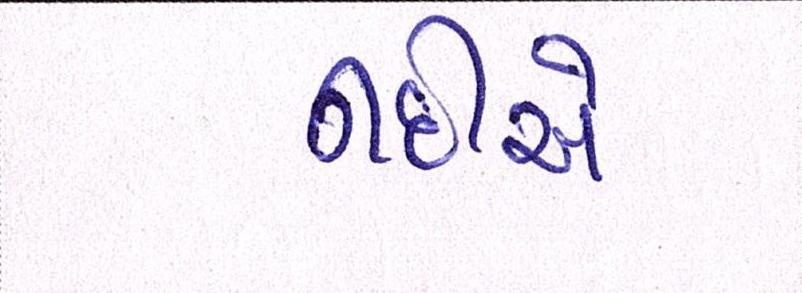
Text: નદીએ